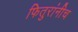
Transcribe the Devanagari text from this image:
फितुरांनीच